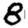
Digit: 8